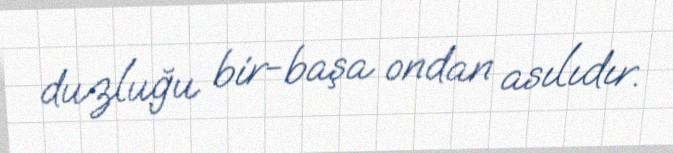
duzluğu bir-başa ondan asılıdır.